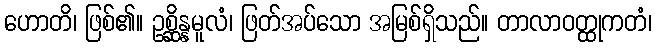
ဟောတိ၊ ဖြစ်၏။ ဥစ္ဆိန္နမူလံ၊ ဖြတ်အပ်သော အမြစ်ရှိသည်။ တာလာဝတ္ထုကတံ၊